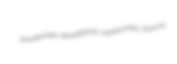
powderiness tetrsyllabical subsecurities Socorro